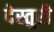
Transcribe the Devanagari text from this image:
देस्तुरी